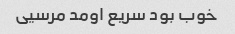
خوب بود سریع اومد مرسیی